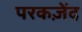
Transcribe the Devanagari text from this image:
परकज़ेंद